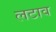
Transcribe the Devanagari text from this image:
लटाव